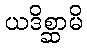
ယဒိစ္ဆာမိ